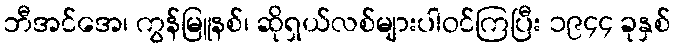
ဘီအင်အေ၊ ကွန်မြူနစ်၊ ဆိုရှယ်လစ်များပါဝင်ကြပြီး ၁၉၄၄ ခုနှစ်